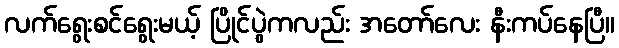
လက်ရွေးစင်ရွေးမယ့် ပြိုင်ပွဲကလည်း အတော်လေး နီးကပ်နေပြီ။